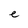
Character: e